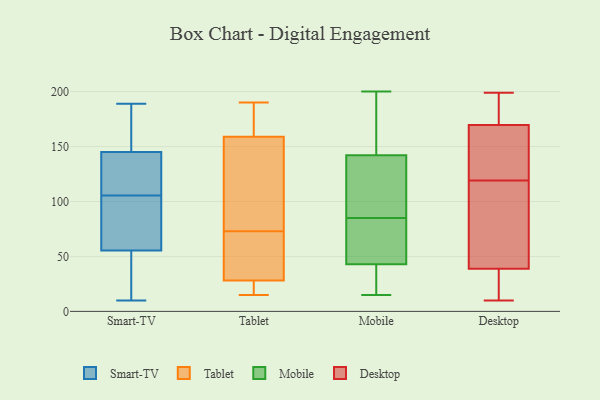
{"axis": {"x": "Active Users", "y": "Value"}, "legend": ["Desktop", "Mobile", "Smart-TV", "Tablet"], "data": [{"x": "", "y": 120, "type": "Smart-TV"}, {"x": "", "y": 13, "type": "Smart-TV"}, {"x": "", "y": 144, "type": "Smart-TV"}, {"x": "", "y": 189, "type": "Smart-TV"}, {"x": "", "y": 46, "type": "Smart-TV"}, {"x": "", "y": 144, "type": "Smart-TV"}, {"x": "", "y": 146, "type": "Smart-TV"}, {"x": "", "y": 10, "type": "Smart-TV"}, {"x": "", "y": 65, "type": "Smart-TV"}, {"x": "", "y": 164, "type": "Smart-TV"}, {"x": "", "y": 91, "type": "Smart-TV"}, {"x": "", "y": 70, "type": "Smart-TV"}, {"x": "", "y": 190, "type": "Tablet"}, {"x": "", "y": 34, "type": "Tablet"}, {"x": "", "y": 150, "type": "Tablet"}, {"x": "", "y": 162, "type": "Tablet"}, {"x": "", "y": 81, "type": "Tablet"}, {"x": "", "y": 26, "type": "Tablet"}, {"x": "", "y": 49, "type": "Tablet"}, {"x": "", "y": 40, "type": "Tablet"}, {"x": "", "y": 173, "type": "Tablet"}, {"x": "", "y": 73, "type": "Tablet"}, {"x": "", "y": 25, "type": "Tablet"}, {"x": "", "y": 15, "type": "Tablet"}, {"x": "", "y": 188, "type": "Tablet"}, {"x": "", "y": 26, "type": "Tablet"}, {"x": "", "y": 88, "type": "Tablet"}, {"x": "", "y": 196, "type": "Mobile"}, {"x": "", "y": 55, "type": "Mobile"}, {"x": "", "y": 84, "type": "Mobile"}, {"x": "", "y": 200, "type": "Mobile"}, {"x": "", "y": 26, "type": "Mobile"}, {"x": "", "y": 15, "type": "Mobile"}, {"x": "", "y": 33, "type": "Mobile"}, {"x": "", "y": 122, "type": "Mobile"}, {"x": "", "y": 85, "type": "Mobile"}, {"x": "", "y": 120, "type": "Mobile"}, {"x": "", "y": 175, "type": "Mobile"}, {"x": "", "y": 142, "type": "Mobile"}, {"x": "", "y": 43, "type": "Mobile"}, {"x": "", "y": 85, "type": "Mobile"}, {"x": "", "y": 21, "type": "Desktop"}, {"x": "", "y": 56, "type": "Desktop"}, {"x": "", "y": 59, "type": "Desktop"}, {"x": "", "y": 63, "type": "Desktop"}, {"x": "", "y": 196, "type": "Desktop"}, {"x": "", "y": 173, "type": "Desktop"}, {"x": "", "y": 119, "type": "Desktop"}, {"x": "", "y": 159, "type": "Desktop"}, {"x": "", "y": 174, "type": "Desktop"}, {"x": "", "y": 133, "type": "Desktop"}, {"x": "", "y": 141, "type": "Desktop"}, {"x": "", "y": 10, "type": "Desktop"}, {"x": "", "y": 16, "type": "Desktop"}, {"x": "", "y": 199, "type": "Desktop"}, {"x": "", "y": 33, "type": "Desktop"}]}